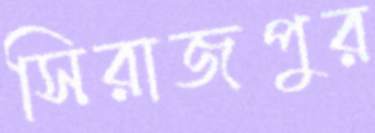
সিরাজপুর